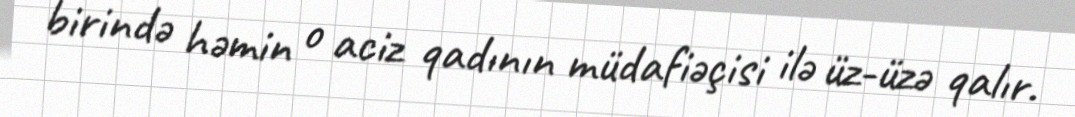
birində həmin o aciz qadının müdafiəçisi ilə üz-üzə qalır.